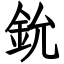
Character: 鈗